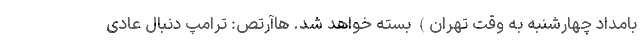
بامداد چهارشنبه به وقت تهران) بسته خواهد شد. هاآرتص: ترامپ دنبال عادی